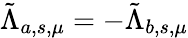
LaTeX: \tilde{\Lambda}_{a,s,\mu}=-\tilde{\Lambda}_{b,s,\mu}